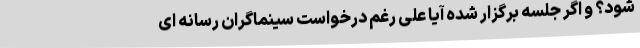
شود؟ و اگر جلسه برگزار شده آیا علی رغم درخواست سینماگران رسانه ای